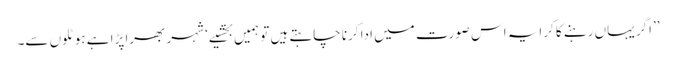
’’اگر یہاں رہنے کا کرایہ اس صورت میں ادا کرنا چاہتے ہیں تو ہمیں بخشیے‘ شہر بھرا پڑا ہے ہوٹلوں سے۔